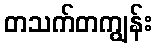
တသက်တကျွန်း